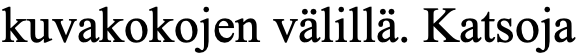
kuvakokojen välillä. Katsoja